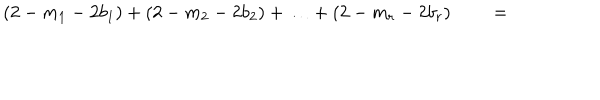
( 2 - m _ { 1 } - 2 b _ { 1 } ) + ( 2 - m _ { 2 } - 2 b _ { 2 } ) + \ldots + ( 2 - m _ { r } - 2 b _ { r } ) \qquad =